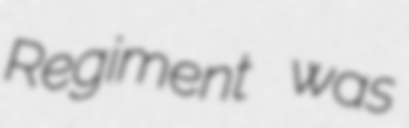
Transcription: Regiment was